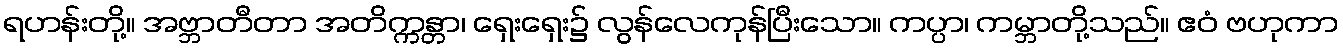
ရဟန်းတို့။ အဗ္ဘာတီတာ အတိက္ကန္တာ၊ ရှေးရှေး၌ လွန်လေကုန်ပြီးသော။ ကပ္ပာ၊ ကမ္ဘာတို့သည်။ ဧဝံ ဗဟုကာ